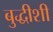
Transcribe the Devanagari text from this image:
बुद्धीशी